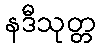
နဒီသုတ္တ